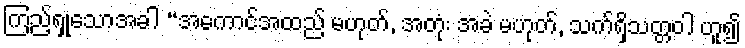
ကြည့်ရှုသောအခါ “အကောင်အထည် မဟုတ်, အတုံး အခဲ မဟုတ်, သက်ရှိသတ္တဝါ ဟူ၍